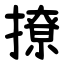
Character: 撩